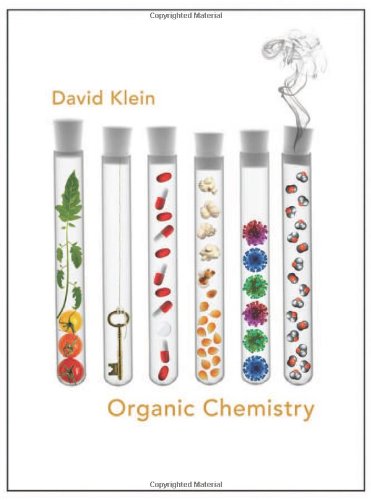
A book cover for Organic Chemistry; David R. Klein; Science & Math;